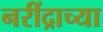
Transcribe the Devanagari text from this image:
नरींद्राच्या